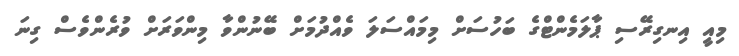
މިއީ އިނގިރޭސި ޕާލަމެންޓްގެ ބަހުސަށް މިމައްސަލަ ވެއްދުމަށް ބޭނުންވާ މިންވަރަށް ވުރެންވެސް ގިނަ